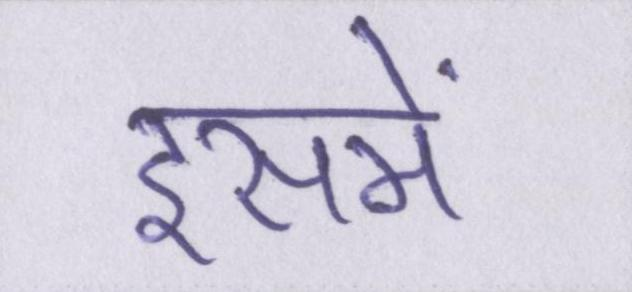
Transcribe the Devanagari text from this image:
इसमें